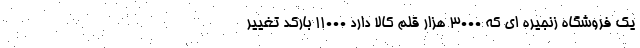
یک فروشگاه زنجیره ای که 3000 هزار قلم کالا دارد 11000 بارکد تغییر